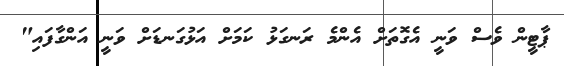
ޕާޓީން ވެސް ވަނީ އެގޮތަށް އެންމެ ރަނގަޅު ކަމަށް އަޅުގަނޑަށް ވަނީ އަންގާފައި"